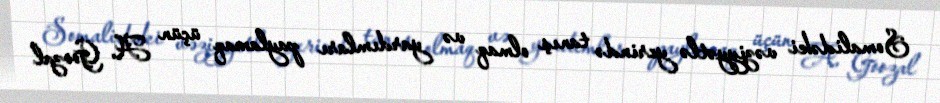
Somalidəki vəziyyətlə yerində tanış olmaq və yardımları paylamaq üçün A. Goozal